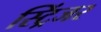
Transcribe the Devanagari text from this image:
स्ट्रिंजर